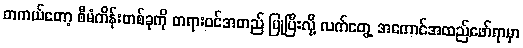
တကယ်တော့ စီမံကိန်းတစ်ခုကို တရားဝင်အတည် ပြုပြီးလို့ လက်တွေ့ အကောင်အထည်ဖော်ရာမှာ